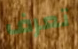
تعرف